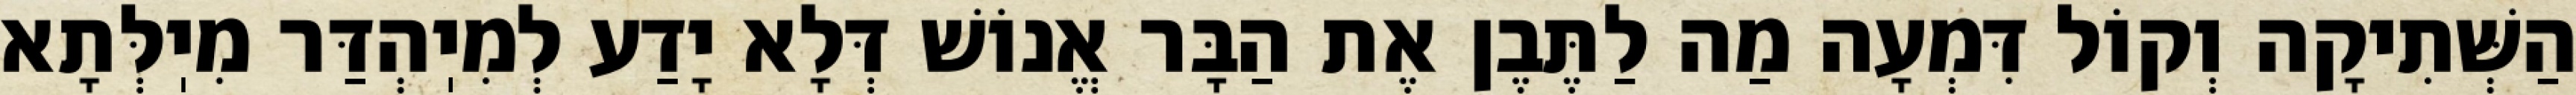
הַשְּׁתִיקָה וְקוֹל דִּמְעָה מַה לַתֶּבֶן אֶת הַבָּר אֱנוֹשׁ דְּלָא יָדַע לְמִיֽהְדַּר מִיֽלְּתָא